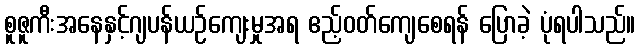
စူဇူကီးအနေနှင့်ဂျပန်ယဉ်ကျေးမှုအရ ဧည့်ဝတ်ကျေစေရန် ပြောခဲ့ ပုံရပါသည်။